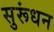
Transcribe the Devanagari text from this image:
सुरूंधन